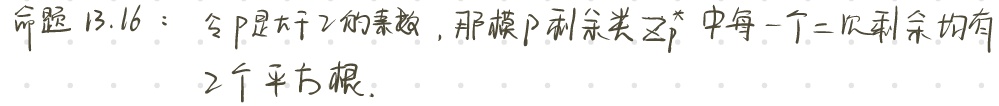
命题 13.16：令 $p$ 是大于 2 的素数，那模 $p$ 剩余类 $\mathbb{Z}_p^*$ 中每一个二次剩余均有 2 个平方根.